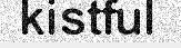
kistful